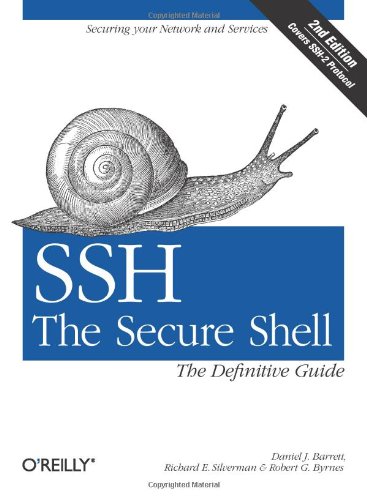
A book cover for SSH, The Secure Shell: The Definitive Guide; Daniel J. Barrett; Computers & Technology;